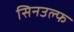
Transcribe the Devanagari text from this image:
सिनउल्फ